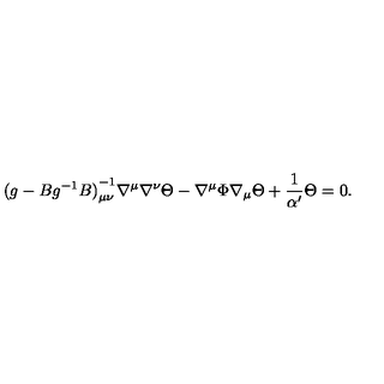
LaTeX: { ( g - B g ^ { - 1 } B ) } _ { \mu \nu } ^ { - 1 } \nabla ^ { \mu } \nabla ^ { \nu } \Theta - \nabla ^ { \mu } \Phi \nabla _ { \mu } \Theta + { \frac { 1 } { \alpha ^ { \prime } } } \Theta = 0 .